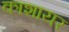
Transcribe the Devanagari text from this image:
काशायर